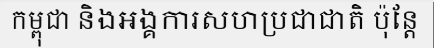
កម្ពុជា និងអង្គការសហប្រជាជាតិ ប៉ុន្តែ